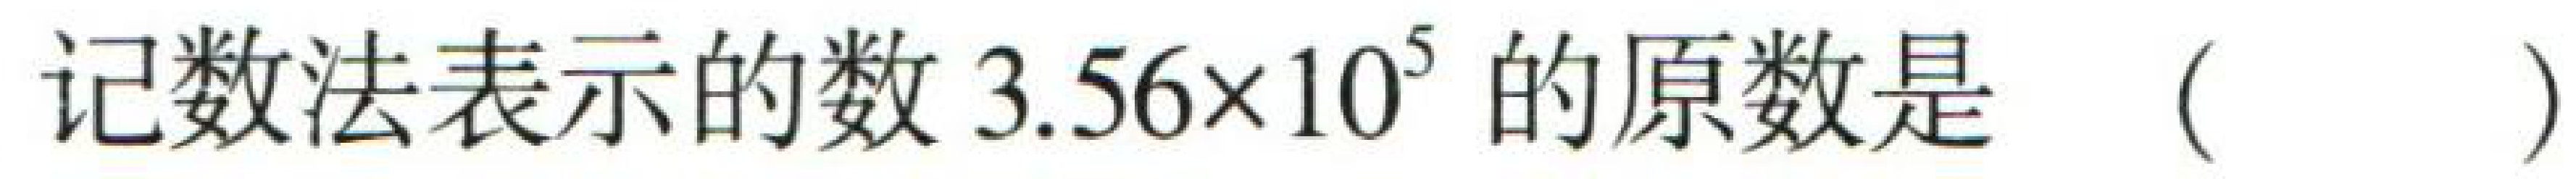
记数法表示的数\(3.56\times 10^{5}\)的原数是（  ）